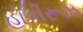
હોકીરૂઝ